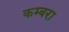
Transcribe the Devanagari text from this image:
कम्बरा